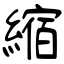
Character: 縮